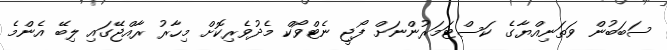
ސަބަބުން ވަތަނިއްޔާގެ ކަސްޓަމަރުންނަށް ފޯޖީ ނެޓްވޯކް މެދުވެރިކޮށް މިހާރު ރާއްޖޭގައި ލިބޭ އެންމެ